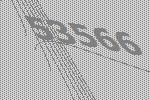
53566